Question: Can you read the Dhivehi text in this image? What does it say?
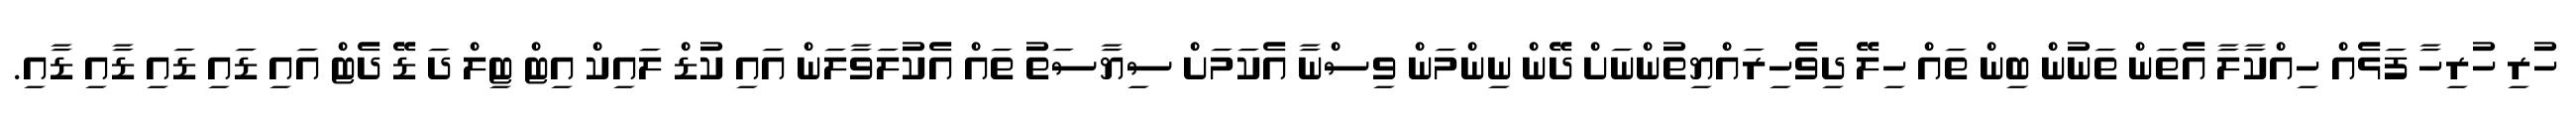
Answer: ހުރި ހުރިހާ ފަޅެއް ހިއްކާލާ އެތަން ތަނުން ބިން ތައް ހިލޭ ދިވެހިރައްޔިތުންނަށް ދޭން ނިންމަން ވިސްނާ އެކަމަށް ސިޔާސަތު ތައް އެކުލަވާލަން އައި ކުޑް ލައިކް އިޓް ޓިލް ދަ ޑޭ ދެޓް އައި ޑައި ޑައި ޑާއި ޑާއި.